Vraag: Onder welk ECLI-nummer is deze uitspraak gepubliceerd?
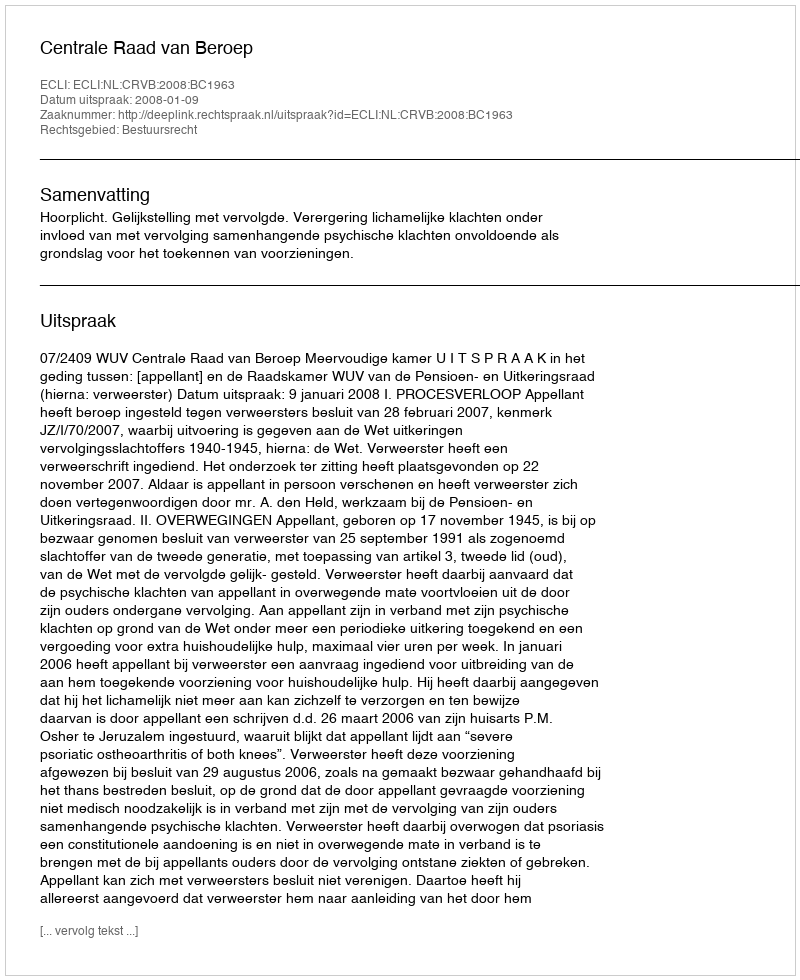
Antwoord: ECLI:NL:CRVB:2008:BC1963